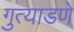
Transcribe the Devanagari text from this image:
गुत्याडणे